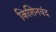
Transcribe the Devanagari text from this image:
किशिनचंद